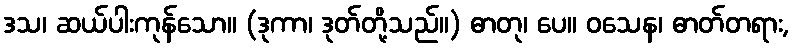
ဒသ၊ ဆယ်ပါးကုန်သော။ (ဒုကာ၊ ဒုတ်တို့သည်။) ဓာတု၊ ပေ။ ဝသေန၊ ဓာတ်တရား,